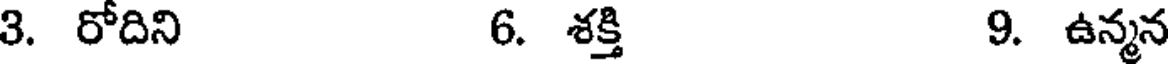
3. రోదిని 6. శక్తి 9. ఉన్మన